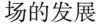
场的发展